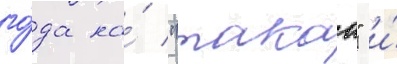
го́да на́ "такао" и́